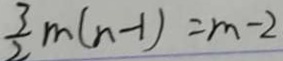
\frac { 3 } { 2 } m ( n - 1 ) = m - 2